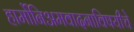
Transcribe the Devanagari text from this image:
हार्मोनिअमवादनाविषयीचे